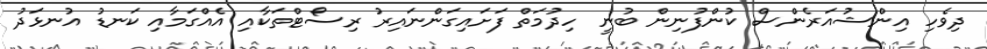
ދިވެހި އިންޝުއަރެންސް ކުންފުނިން ބުނީ ހިދުމަތް ފަށައިގަންނައިރު ރިސޯޓްތަކާއި އެއްގަމާއި ކަނޑު އުނޅަދު